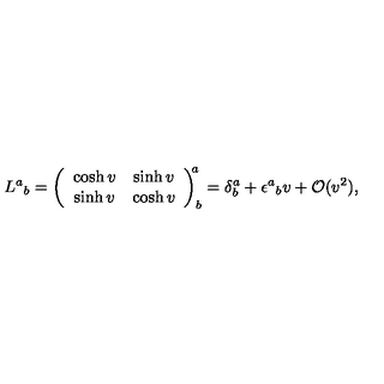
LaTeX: L ^ { a } { } _ { b } = \left( \begin{array} { c c } { \cosh v } & { \sinh v } \\ { \sinh v } & { \cosh v } \\ \end{array} \right) _ { b } ^ { \! \! a } = \delta _ { b } ^ { a } + \epsilon ^ { a } { } _ { b } v + \mathcal { O } ( v ^ { 2 } ) ,